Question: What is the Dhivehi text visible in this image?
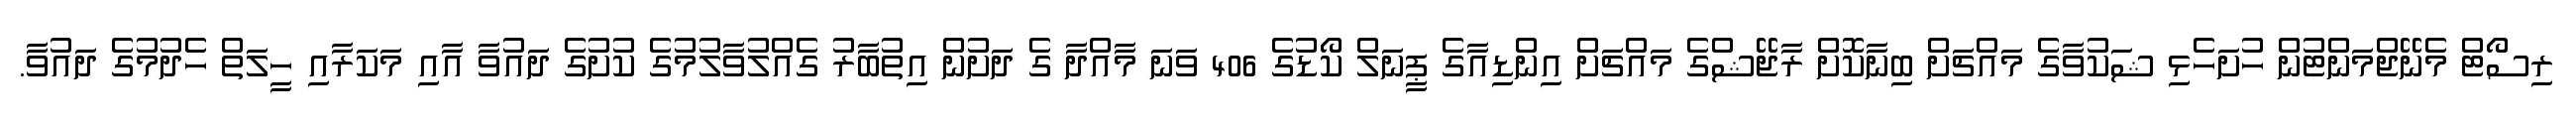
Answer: ރިސޯޓް މެނޭޖްމަންޓުން ހުށަހެޅި ޝަކުވާގެ މައްޗަށް ބިނާކޮށް ރާޖޭޝްގެ މައްޗަށް އިންޑިއާގެ ޕީނަލް ކޯޑުގެ 406 ވަނަ މާއްދާ ގެ ދަށުން އިތުބާރު ގެއްލުވާލުމުގެ ކުށުގެ ދައުވާ އާއި މަކަރާއި ހީލަތް ހެދުމުގެ ދައުވާ.